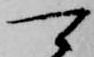
可